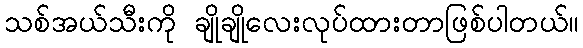
သစ်အယ်သီးကို ချိုချိုလေးလုပ်ထားတာဖြစ်ပါတယ်။